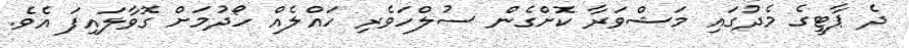
ދެ ޕާޓީގެ މެދުގައި މަޝްވަރާ ކޮށްގެން ސުލްހަވެރި ހައްލެއް ހޯދުމަށް ގޮވާލައިފަ އެވެެ.